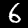
Digit: 6